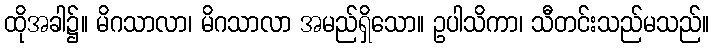
ထိုအခါ၌။ မိဂသာလာ၊ မိဂသာလာ အမည်ရှိသော။ ဥပါသိကာ၊ သီတင်းသည်မသည်။